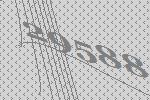
29588